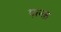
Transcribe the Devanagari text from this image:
पल्क